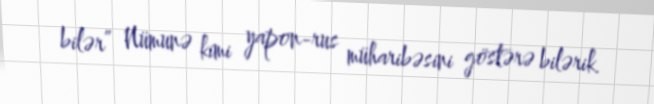
bilər” Nümunə kimi yapon-rus müharibəsini göstərə bilərik.